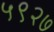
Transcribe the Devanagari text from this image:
५९२७